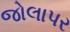
જોલાપર